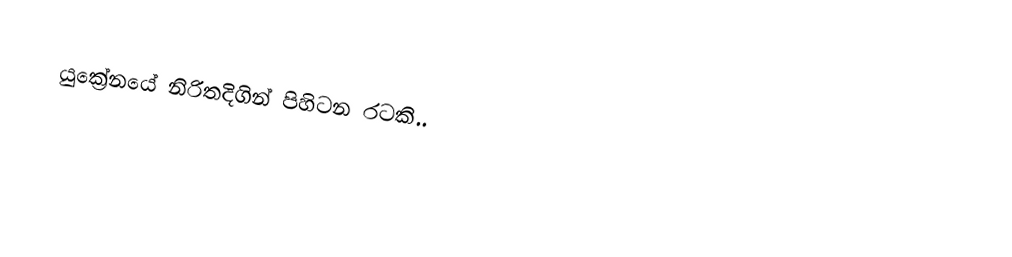
යුක්‍රේනයේ නිරිතදිගින් පිහිටන රටකි..